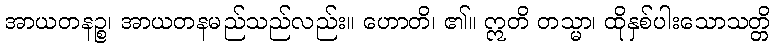
အာယတနဉ္စ၊ အာယတနမည်သည်လည်း။ ဟောတိ၊ ၏။ ဣတိ တသ္မာ၊ ထိုနှစ်ပါးသောသတ္တိ